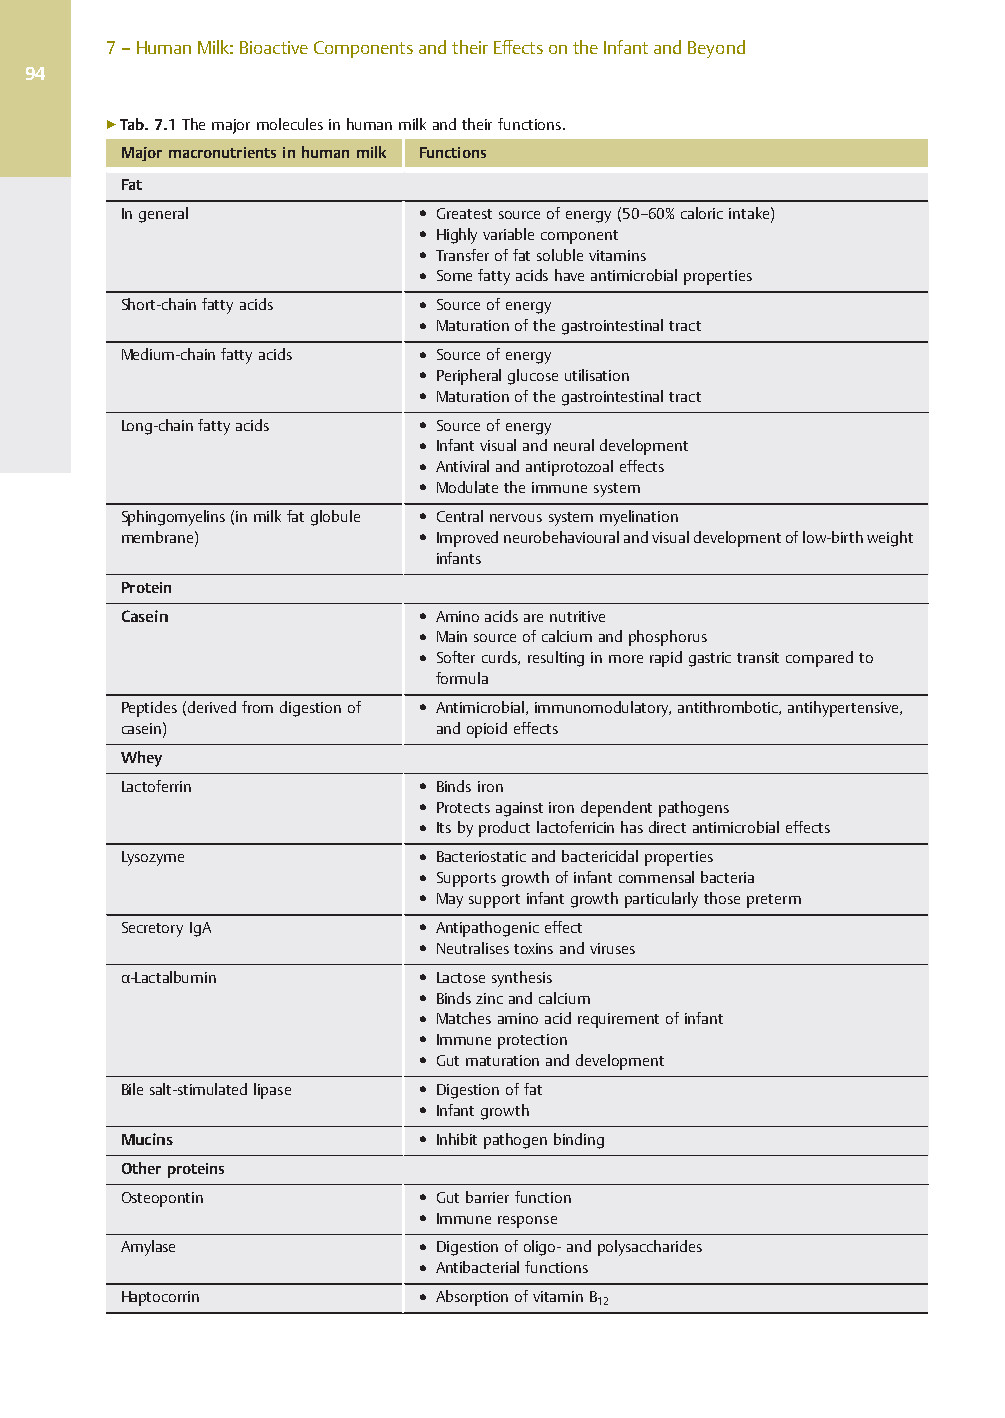
7–HumanMilk:BioactiveComponentsandtheirEffectsontheInfantandBeyond
 94
 ▶Tab.7.1Themajormoleculesinhumanmilkandtheirfunctions.
 Majormacronutrientsinhumanmilk Functions
 Fat
 Ingeneral           ● Greatestsourceofenergy(50–60%caloricintake)
 ● Highlyvariablecomponent
 ● Transferoffatsolublevitamins
 ● Somefattyacidshaveantimicrobialproperties
 Short-chainfattyacids ● Sourceofenergy
 ● Maturationofthegastrointestinaltract
 Medium-chainfattyacids ● Sourceofenergy
 ● Peripheralglucoseutilisation
 ● Maturationofthegastrointestinaltract
 Long-chainfattyacids ● Sourceofenergy
 ● Infantvisualandneuraldevelopment
 ● Antiviralandantiprotozoaleffects
 ● Modulatetheimmunesystem
 Sphingomyelins(inmilkfatglobule ● Centralnervoussystemmyelination
 membrane)           ● Improvedneurobehaviouralandvisualdevelopmentoflow-birthweight
 infants
 Protein
 Casein              ● Aminoacidsarenutritive
 ● Mainsourceofcalciumandphosphorus
 ● Softercurds,resultinginmorerapidgastrictransitcomparedto
 formula
 Peptides(derivedfromdigestionof ● Antimicrobial,immunomodulatory,antithrombotic,antihypertensive,
 casein)              andopioideffects
 Whey
 Lactoferrin         ● Bindsiron
 ● Protectsagainstirondependentpathogens
 ● Itsbyproductlactoferricinhasdirectantimicrobialeffects
 Lysozyme            ● Bacteriostaticandbactericidalproperties
 ● Supportsgrowthofinfantcommensalbacteria
 ● Maysupportinfantgrowthparticularlythosepreterm
 SecretoryIgA        ● Antipathogeniceffect
 ● Neutralisestoxinsandviruses
 α-Lactalbumin       ● Lactosesynthesis
 ● Bindszincandcalcium
 ● Matchesaminoacidrequirementofinfant
 ● Immuneprotection
 ● Gutmaturationanddevelopment
 Bilesalt-stimulatedlipase ● Digestionoffat
 ● Infantgrowth
 Mucins              ● Inhibitpathogenbinding
 Otherproteins
 Osteopontin         ● Gutbarrierfunction
 ● Immuneresponse
 Amylase             ● Digestionofoligo-andpolysaccharides
 ● Antibacterialfunctions
 Haptocorrin         ● AbsorptionofvitaminB
 12